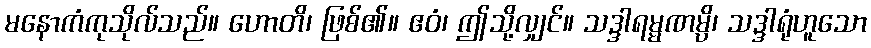
မနောကံကုသိုလ်သည်။ ဟောတိ၊ ဖြစ်၏။ ဧဝံ၊ ဤသို့လျှင်။ သဒ္ဒါရမ္မဏမ္ပိ၊ သဒ္ဒါရုံဟူသော